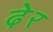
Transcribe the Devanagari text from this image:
ढे़र